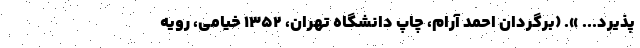
پذیرد... ». (برگردان احمد آرام، چاپ دانشگاه تهران، ۱۳۵۲ خیامی، رویه